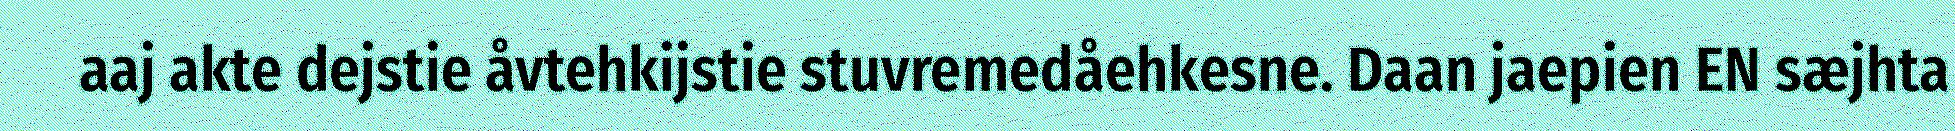
aaj akte dejstie åvtehkijstie stuvremedåehkesne. Daan jaepien EN sæjhta